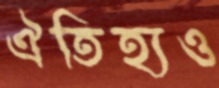
ঐতিহ্যও